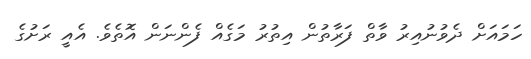
ހަމައަށް ދެވުނުއިރު ވާތް ފަރާތުން އިތުރު މަގެއް ފެންނަން އޮތެވެ. އެއީ ރަށުގެ